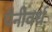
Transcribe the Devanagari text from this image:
पैनीवर्थ